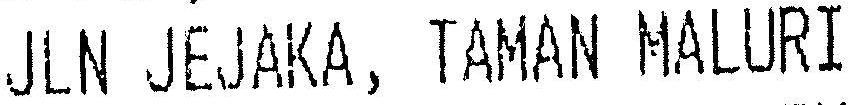
JLN JEJAKA, TAMAN MALURI